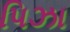
પિઝા